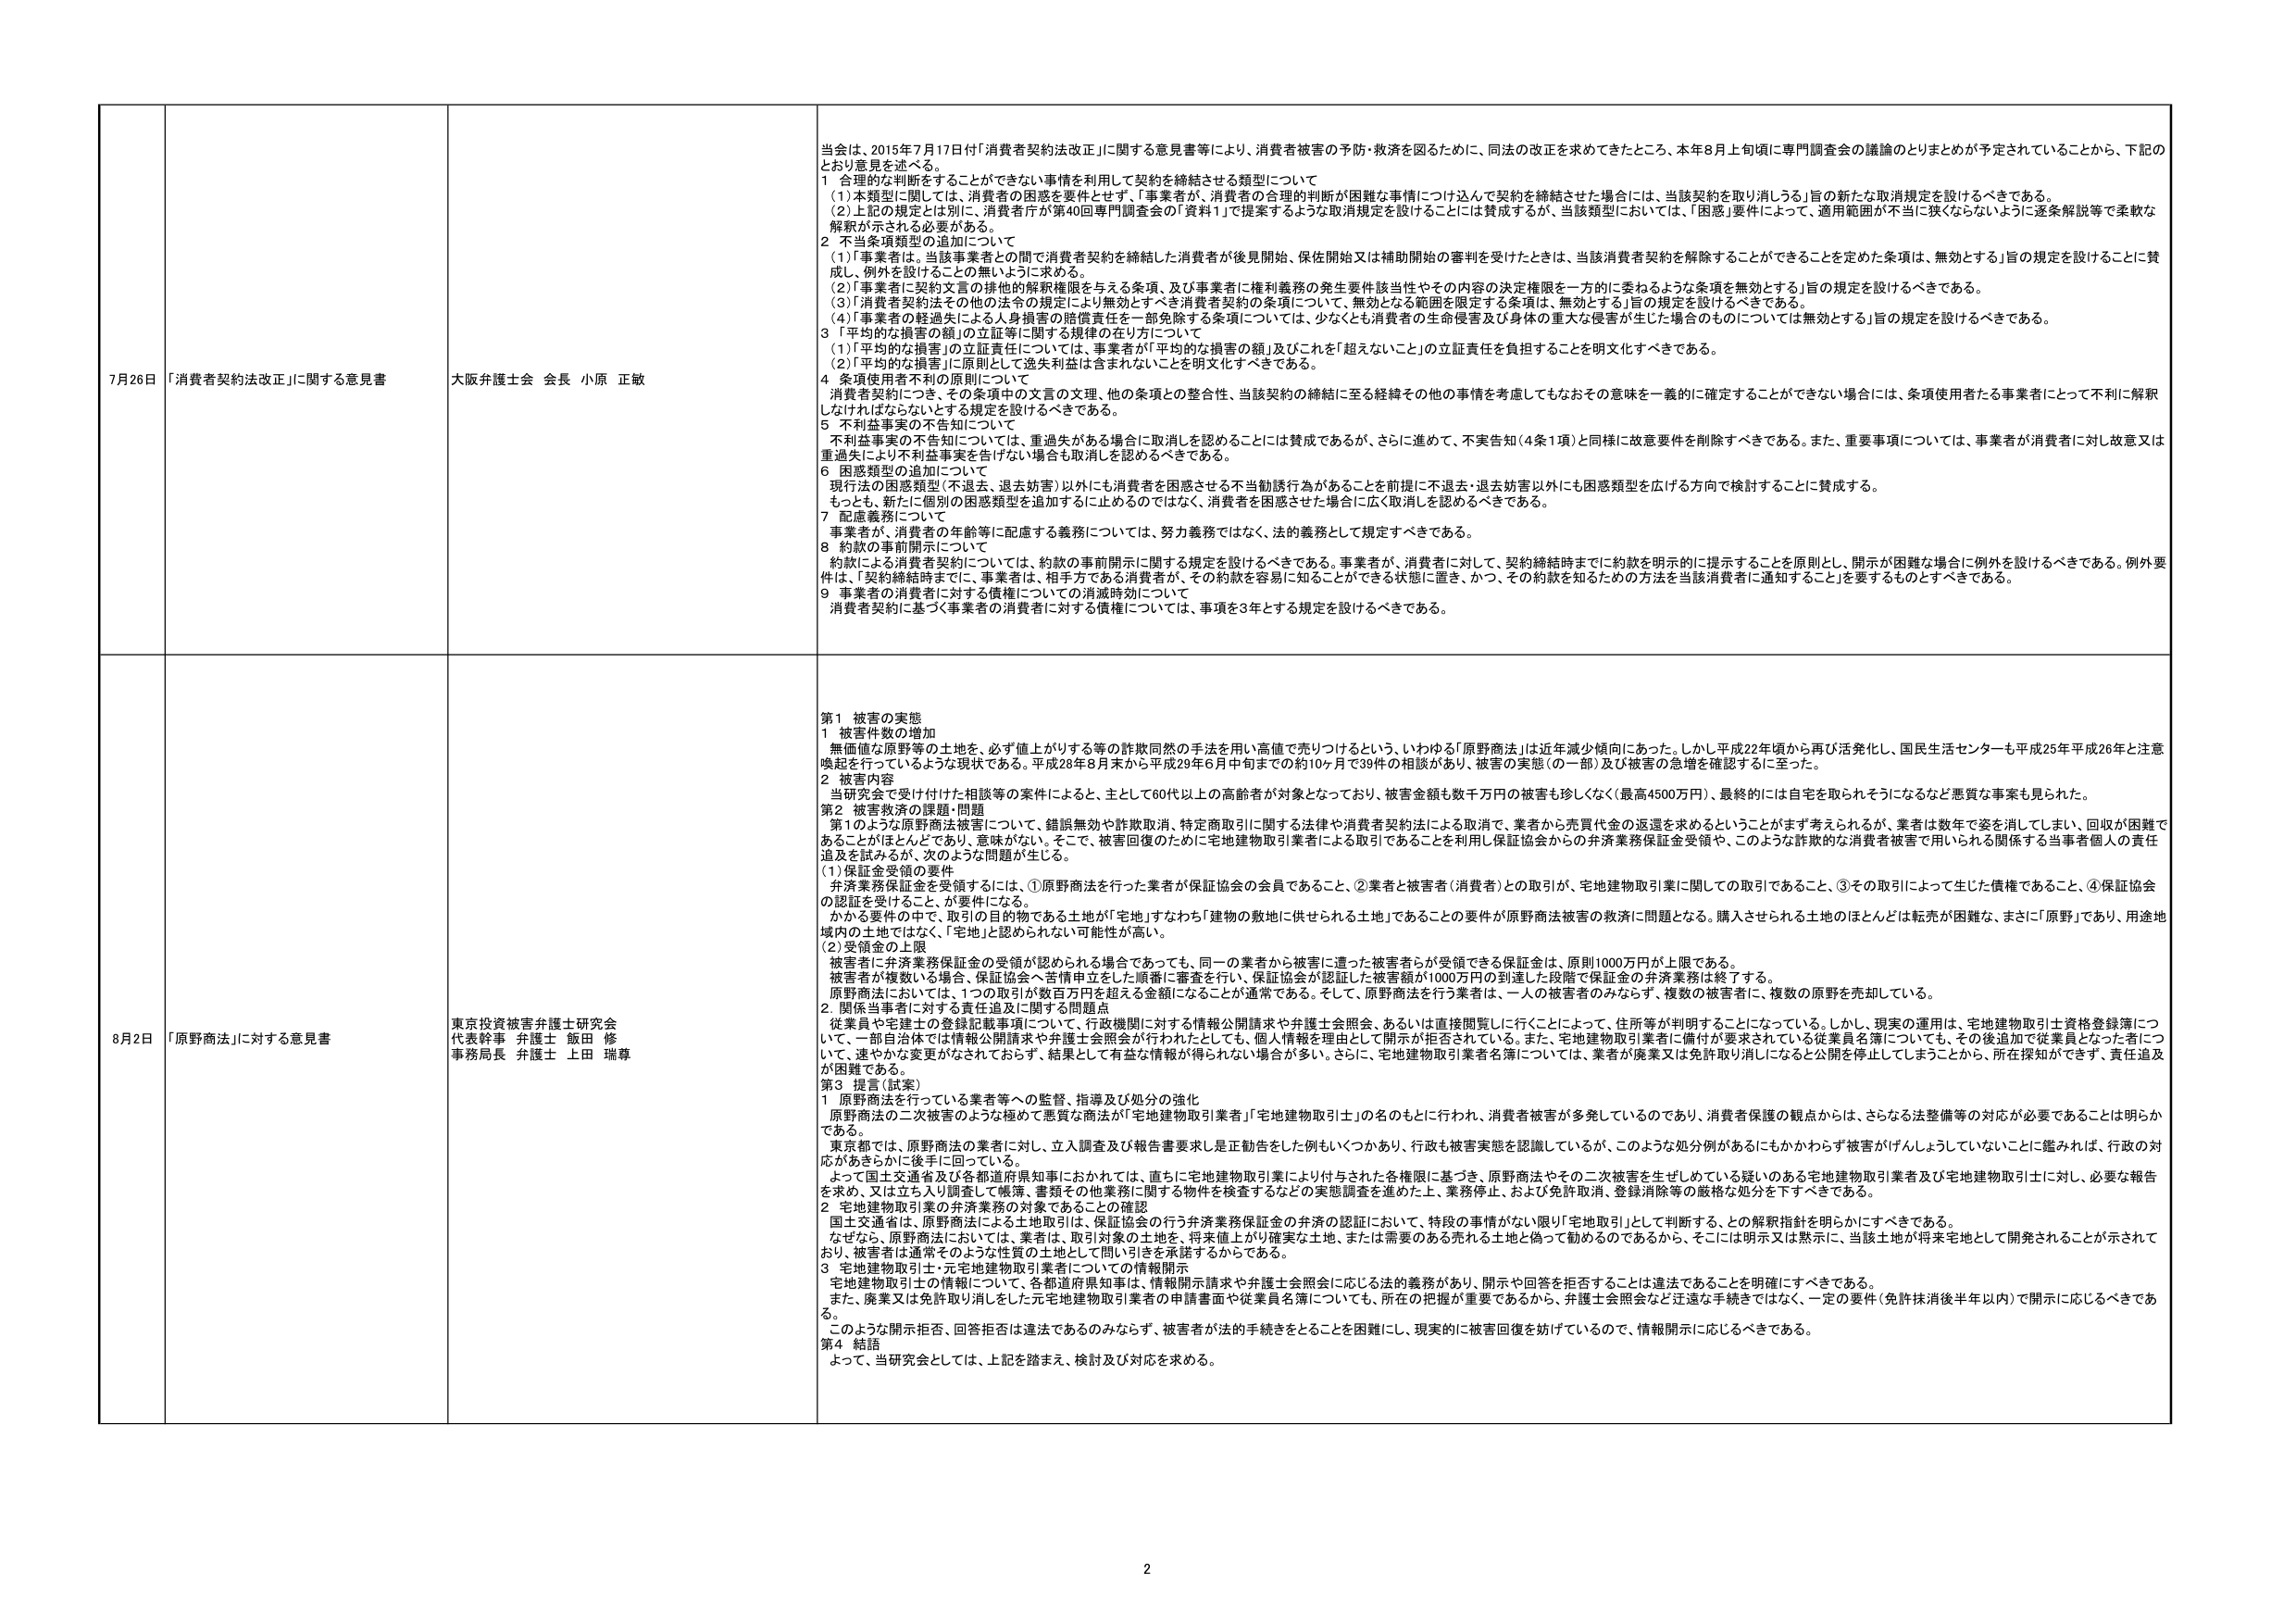
7月26日 「消費者契約法改正」に関する意見書 大阪弁護士会 会長 小原 正敏 当会は、2015年7月17日付「消費者契約法改正」に関する意見書等により、消費者被害の予防・救済を図るために、同法の改正を求めてきたところ、本年8月上旬頃に専門調査会の議論のとりまとめが予定されていることから、下記のとおり意見を述べる。 1 合理的な判断をすることができない事情を利用して契約を締結させる類型について （1）本類型に関しては、消費者の困惑を要件とせず、「事業者が、消費者の合理的判断が困難な事情につけ込んで契約を締結させた場合には、当該契約を取り消しうる」旨の新たな取消規定を設けるべきである。 （2）上記の規定とは別に、消費者庁が第40回専門調査会の「資料1」で提案するような取消規定を設けることには賛成するが、当該類型においては、「困惑」要件によって、適用範囲が不当に狭くならないように逐条解説等で柔軟な解釈が示される必要がある。 2 不当条項類型の追加について （1）「事業者は、当該事業者との間で消費者契約を締結した消費者が後見開始、保佐開始又は補助開始の審判を受けたときは、当該消費者契約を解除することができる」ことを定めた条項は、無効とする」旨の規定を設けることに賛成し、例外を設けることの無いように求める。 （2）「事業者に契約文言の排他的解釈権限を与える条項、及び事業者に権利義務の発生要件該当性やその内容の決定権限を一方的に委ねるような条項を無効とする」旨の規定を設けるべきである。 （3）「消費者契約法その他の法令の規定により無効とすべき消費者契約の条項について、無効となる範囲を限定する条項は、無効とする」旨の規定を設けるべきである。 （4）「事業者の軽過失による人身損害の賠償責任を一部免除する条項については、少なくとも消費者の生命侵害及び身体の重大な侵害が生じた場合のものについては無効とする」旨の規定を設けるべきである。 3 「平均的な損害の額」の立証等に関する規律の在り方について （1）「平均的な損害」の立証責任については、事業者が「平均的な損害の額」及びこれを「超えないこと」の立証責任を負担することを明文化すべきである。 （2）「平均的な損害」に原則として逸失利益は含まれないことを明文化すべきである。 4 条項使用者不利の原則について 消費者契約につき、その条項中の文言の文理、他の条項との整合性、当該契約の締結に至る経緯その他の事情を考慮してもなおその意味を一義的に確定することができない場合には、条項使用者たる事業者にとって不利に解釈しなければならないとする規定を設けるべきである。 5 不利益事実の不告知について 不利益事実の不告知については、重過失がある場合に取消しを認めることには賛成であるが、さらに進めて、不実告知（4条1項）と同様に故意要件を削除すべきである。また、重要事項については、事業者が消費者に対し故意又は重過失により不利益事実を告げない場合も取消しを認めるべきである。 6 困惑類型の追加について 現行法の困惑類型（不退去、退去妨害）以外にも消費者を困惑させる不当勧誘行為があることを前提に不退去・退去妨害以外にも困惑類型を広げる方向で検討することに賛成する。 もっとも、新たに個別の困惑類型を追加するに止めるのではなく、消費者を困惑させた場合に広く取消しを認めるべきである。 7 配慮義務について 事業者が、消費者の年齢等に配慮する義務については、努力義務ではなく、法的義務として規定すべきである。 8 約款の事前開示について 約款による消費者契約については、約款の事前開示に関する規定を設けるべきである。事業者が、消費者に対して、契約締結時までに約款を明示的に提示することを原則とし、開示が困難な場合に例外を設けるべきである。例外要件は、「契約締結時までに、事業者は、相手方である消費者が、その約款を容易に知ることができる状態に置き、かつ、その約款を知るための方法を当該消費者に通知すること」を要するものとすべきである。 9 事業者の消費者に対する債権についての消滅時効について 消費者契約に基づく事業者の消費者に対する債権については、事項を3年とする規定を設けるべきである。 8月2日 「原野商法」に対する意見書 東京投資被害弁護士研究会 代表幹事 弁護士 飯田 修 事務局長 弁護士 上田 瑞尊 第1 被害の実態 1 被害件数の増加 無価値な原野等の土地を、必ず値上がりする等の詐欺同然の手法を用い高値で売りつけるという、いわゆる「原野商法」は近年減少傾向にあった。しかし平成22年頃から再び活発化し、国民生活センターも平成25年平成26年と注意喚起を行っているような現状である。平成28年8月末から平成29年6月中旬までの約10ヶ月で39件の相談があり、被害の実態（の一部）及び被害の急増を確認するに至った。 2 被害内容 当研究会で受け付けた相談等の案件によると、主として60代以上の高齢者が対象となっており、被害金額も数千万円の被害も珍しくなく（最高4500万円）、最終的には自宅を取られそうになるなど悪質な事案も見られた。 第2 被害救済の課題・問題 第1のような原野商法被害について、錯誤無効や詐欺取消、特定商取引に関する法律や消費者契約法による取消で、業者から売買代金の返還を求めるということがまず考えられるが、業者は数年で姿を消してしまい、回収が困難であることがほとんどであり、意味がない。そこで、被害回復のために宅地建物取引業者による取引であることを利用し保証協会からの弁済業務保証金受領や、このような詐欺的な消費者被害で用いられる関係する当事者個人の責任追及を試みるが、次のような問題が生じる。 （1）保証金受領の要件 弁済業務保証金を受領するには、①原野商法を行った業者が保証協会の会員であること、②業者と被害者（消費者）との取引が、宅地建物取引業に関しての取引であること、③その取引によって生じた債権であること、④保証協会の認証を受けること、が要件になる。 かかる要件の中で、取引の目的物である土地が「宅地」すなわち「建物の敷地に供せられる土地」であることの要件が原野商法被害の救済に問題となる。購入させられる土地のほとんどは転売が困難な、まさに「原野」であり、用途地域内の土地ではなく、「宅地」と認められない可能性が高い。 （2）受領金の上限 被害者に弁済業務保証金の受領が認められる場合であっても、同一の業者から被害に遭った被害者らが受領できる保証金は、原則1000万円が上限である。 被害者が複数いる場合、保証協会へ苦情申立をした順番に審査を行い、保証協会が認証した被害額が1000万円の到達した段階で保証金の弁済業務は終了する。 原野商法においては、1つの取引が数百万円を超える金額になることが通常である。そして、原野商法を行う業者は、一人の被害者のみならず、複数の被害者に、複数の原野を売却している。 2. 関係当事者に対する責任追及に関する問題点 従業員や宅建士の登録記載事項について、行政機関に対する情報公開請求や弁護士会照会、あるいは直接閲覧しに行くことによって、住所等が判明することになっている。しかし、現実の運用は、宅地建物取引士資格登録簿について、一部自治体では情報公開請求や弁護士会照会が行われたとしても、個人情報を理由として開示が拒否されている。また、宅地建物取引業者に備付が要求されている従業員名簿についても、その後追加で従業員となった者について、速やかな変更がなされておらず、結果として有益な情報が得られない場合が多い。さらに、宅地建物取引業者名簿については、業者が廃業又は免許取り消しになると公開を停止してしまうことから、所在探知ができず、責任追及が困難である。 第3 提言（試案） 1 原野商法を行っている業者等への監督、指導及び処分の強化 原野商法の二次被害のような極めて悪質な商法が「宅地建物取引業者」「宅地建物取引士」の名のもとに行われ、消費者被害が多発しているのであり、消費者保護の観点からは、さらなる法整備等の対応が必要であることは明らかである。 東京都では、原野商法の業者に対し、立入調査及び報告書要求は正勧告をした例もいくつかあり、行政も被害実態を認識しているが、このような処分例があるにもかかわらず被害がげんしょうしていないことに鑑みれば、行政の対応があきらかに後手に回っている。 よって国土交通省及び各都道府県知事におかれては、直ちに宅地建物取引業により付与された各権限に基づき、原野商法やその二次被害を生ぜしめている疑いのある宅地建物取引業者及び宅地建物取引士に対し、必要な報告を求め、又は立ち入り調査して帳簿、書類その他業務に関する物件を検査するなどの実態調査を進め的上、業務停止、および免許取消、登録消除等の厳格な処分を下すべきである。 2 宅地建物取引業の弁済業務の対象であることの確認 国土交通省は、原野商法による土地取引は、保証協会の行う弁済業務保証金の弁済の認証において、特段の事情がない限り「宅地取引」として判断する、との解釈指針を明らかにすべきである。 なぜなら、原野商法においては、業者は、取引対象の土地を、将来値上がり確実な土地、または需要のある売れる土地と偽って勧めるのであるから、そこには明示又は黙示に、当該土地が将来宅地として開発されることが示されており、被害者は通常そのような性質の土地として問い引きを承諾するからである。 3 宅地建物取引士・元宅地建物取引業者についての情報開示 宅地建物取引士の情報について、各都道府県知事は、情報開示請求や弁護士会照会に応じる法的義務があり、開示や回答を拒否することは違法であることを明確にすべきである。 また、廃業又は免許取り消しをした元宅地建物取引業者の申請書面や従業員名簿についても、所在の把握が重要であるから、弁護士会照会など迂遠な手続きではなく、一定の要件（免許抹消後半年以内）で開示に応じるべきである。 このような開示拒否、回答拒否は違法であるのみならず、被害者が法的手段をとることを困難にし、現実的に被害回復を妨げているので、情報開示に応じるべきである。 第4 結語 よって、当研究会としては、上記を踏まえ、検討及び対応を求める。 2